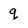
Character: q